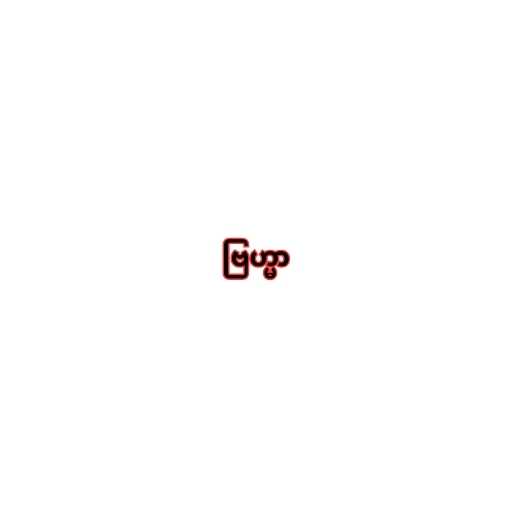
ဗြဟ္မာ